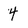
Character: 4